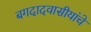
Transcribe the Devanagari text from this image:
बगदादवासीयांचे